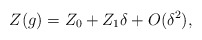
\begin{align*}Z(g) = Z_0 + Z_1 \delta + O(\delta^2),\end{align*}